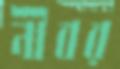
নীবর